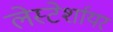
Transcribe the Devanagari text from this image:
लेस्टेर्शायर